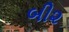
બી૨